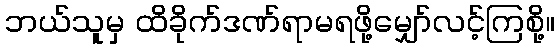
ဘယ်သူမှ ထိခိုက်ဒဏ်ရာမရဖို့မျှော်လင့်ကြစို့။